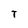
Character: T